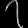
Digit: ၇